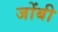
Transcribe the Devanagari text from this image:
जोंबी